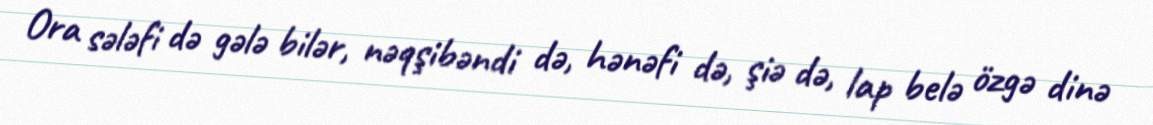
Ora sələfi də gələ bilər, nəqşibəndi də, hənəfi də, şiə də, lap belə özgə dinə